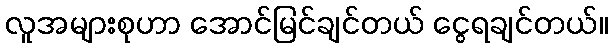
လူအများစုဟာ အောင်မြင်ချင်တယ် ငွေရချင်တယ်။